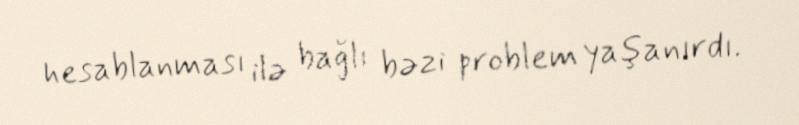
hesablanması ilə bağlı bəzi problem yaşanırdı.